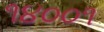
૧૪૦૦૧